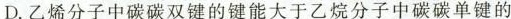
D. 乙烯分子中碳碳双键的键能大于乙烷分子中碳碳单键的